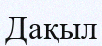
Дақыл